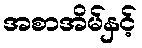
အစာအိမ်နှင့်